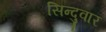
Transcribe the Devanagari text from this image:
सिन्दुवार